Lunatic asylums in Bengal annual reports 1912-1924 - 1912-1924
Year: 1912
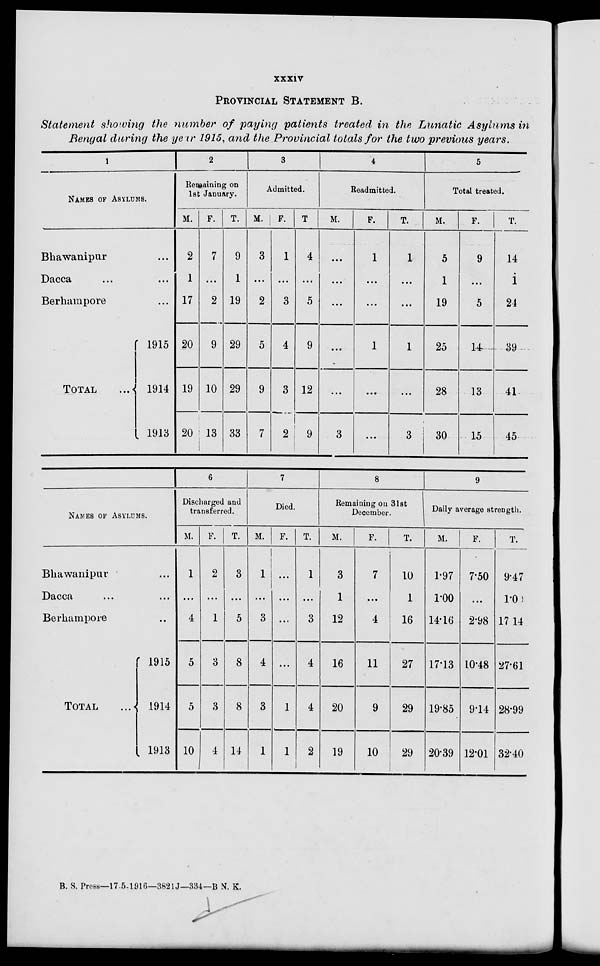
xxxiv
PROVINCIAL STATEMENT B.
Statement showing the number of paying patients treated in the Lunatic Asylums in
Bengal during the year 1915, and the Provincial totals for the two previous years.
1
NAMES OF ASYLUMS.
Bhawanipur ...
Dacca ... ...
Berhampore ...
TOTAL
...
1915
1914
1913
2
Remaining on
1st January.
M.
2
1
17
20
19
20
F.
7
...
2
9
10
13
T.
9
1
19
29
29
33
3
Admitted.
M.
3
...
2
5
9
7
F.
1
...
3
4
3
2
T
4
...
5
9
12
9
4
Readmitted.
M.
...
...
...
...
...
3
F.
1
...
...
1
...
...
T.
1
...
...
1
...
3
5
Total treated.
M.
5
1
19
25
28
30
F.
9
...
5
14
13
15
T.
14
1
24
39
41
45
NAMES OF ASYLUMS.
Bhawanipur ...
Dacca ...
Berhampore ...
TOTAL
1915
1914
1913
6
Discharged and
transferred.
M.
1
...
4
5
0
10
F.
2
...
1
3
3
4
T.
3
...
5
8
8
14
7
Died.
M.
1
...
3
4
3
1
F.
...
...
...
...
1
1
T.
1
...
3
4
4
2
8
Remaining on 31st
December.
M.
3
1
12
16
20
19
F.
7
...
4
11
9
10
T.
10
1
16
27
29
29
9
Daily average strength.
M.
1.97
1.00
14.16
17.13
19.85
20.39
F.
7.50
...
2.98
10.48
9.14
12.01
T.
9.47
1.00
17 .14
27.61
28.99
3240
B. S. Press—17-5-1916—3821J—334—B N. K.